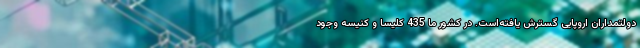
دولتمداران اروپایی گسترش یافته‌است. در کشور ما 435 کلیسا و کنیسه وجود